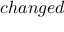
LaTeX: c h a n g e d